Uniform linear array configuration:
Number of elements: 4
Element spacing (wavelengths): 0.5
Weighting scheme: kaiser
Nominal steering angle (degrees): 60
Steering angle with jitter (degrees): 58.989
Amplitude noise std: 0.05
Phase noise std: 0.05

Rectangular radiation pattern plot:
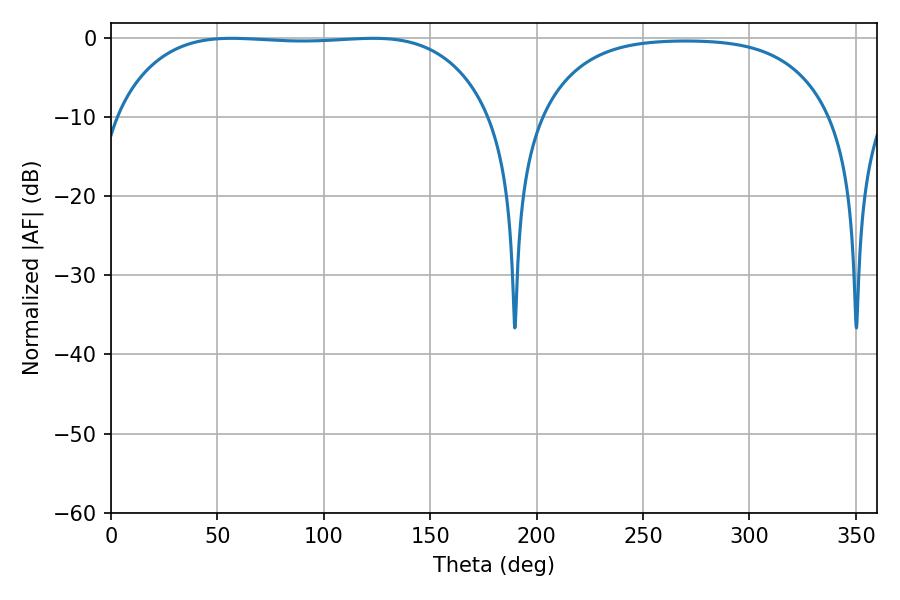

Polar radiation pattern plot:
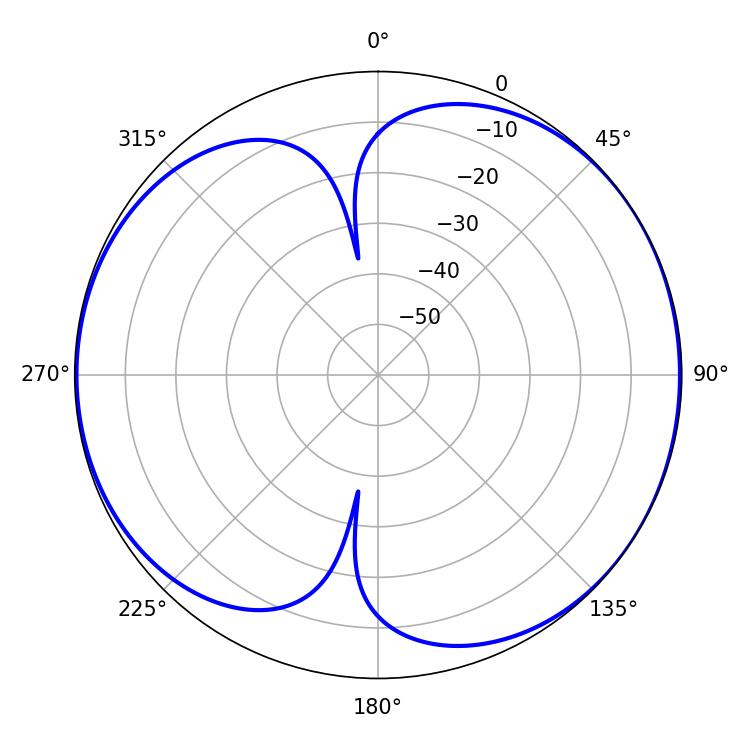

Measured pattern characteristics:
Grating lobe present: FALSE
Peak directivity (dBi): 6.307
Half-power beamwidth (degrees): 137.88
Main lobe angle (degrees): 56.7